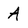
Character: A